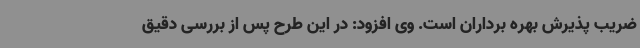
ضریب پذیرش بهره برداران است. وی افزود: در این طرح پس از بررسی دقیق